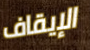
الإيقاف